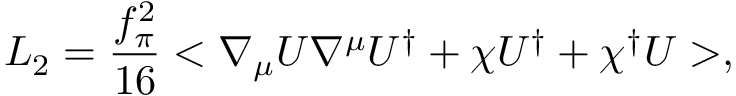
{ \cal L } _ { 2 } = \frac { f _ { \pi } ^ { 2 } } { 1 6 } < \nabla _ { \mu } U { \nabla ^ { \mu } } U ^ { \dag } + { \chi } U ^ { \dag } + \chi ^ { \dag } U > ,